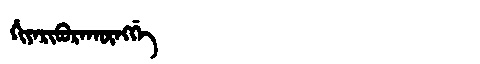
Manchu: ᡥᡳᠶᠠᡵᡳᠪᡠᡵᠠᡴᡡᠩᡤᡝ
Romanization: HIYARIBURAKŪNGGE